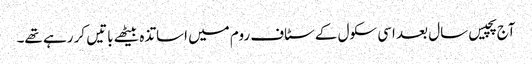
آج پچیس سال بعد اسی سکول کے سٹاف روم میں اساتذہ بیٹھے باتیں کر رہے تھے۔